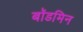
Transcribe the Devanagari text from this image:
बॉडमिन